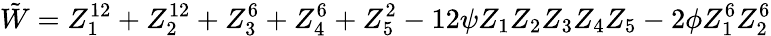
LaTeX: {\tilde{W}}=Z_{1}^{12}+Z_{2}^{12}+Z_{3}^{6}+Z_{4}^{6}+Z_{5}^{2}-12\psi Z_{1}Z_{2}Z_{3}Z_{4}Z_{5}-2\phi Z_{1}^{6}Z_{2}^{6}